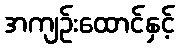
အကျဉ်းထောင်နှင့်